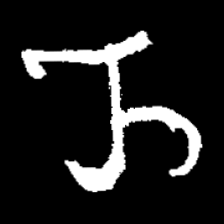
Pyu character \u2014 Myanmar letter: ည (romanized: nya)